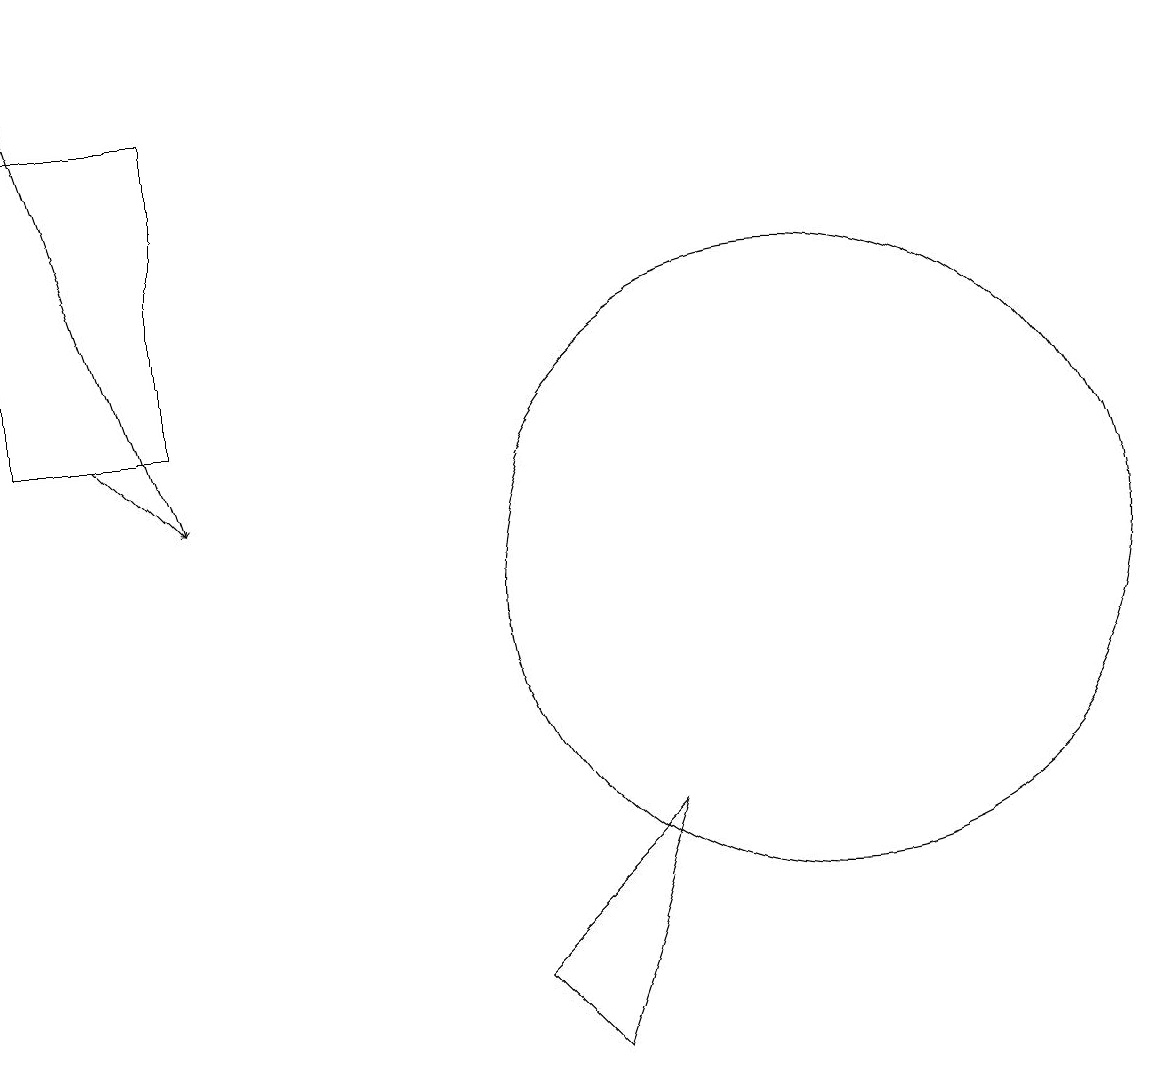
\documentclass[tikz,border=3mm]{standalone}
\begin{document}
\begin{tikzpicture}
\draw (10,10) circle (4);
\draw[->] (1,12) -- (2,11);
\draw[->] (0,17) -- (2,11);
\draw (7,4) -- (8,7) -- (6,5) -- cycle;
\draw (2,12) rectangle (0,16);
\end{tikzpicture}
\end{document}